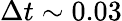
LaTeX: \Delta t\sim 0.03